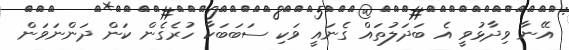
އޭނާ ވިދާޅުވީ އެ ބަދަލުތައް ގެނައީ ވަކި ސަބަބަކާ ހުރެގެން ކަން ދަންނަވަން